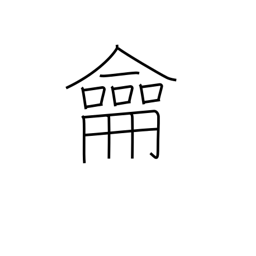
Meaning: flute